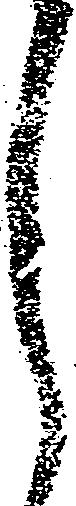
月